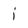
Character: j